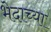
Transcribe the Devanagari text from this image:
भेदाच्या